Code of medical and sanitary regulations for the guidance of medical officers serving in the Madras Presidency - Volume II
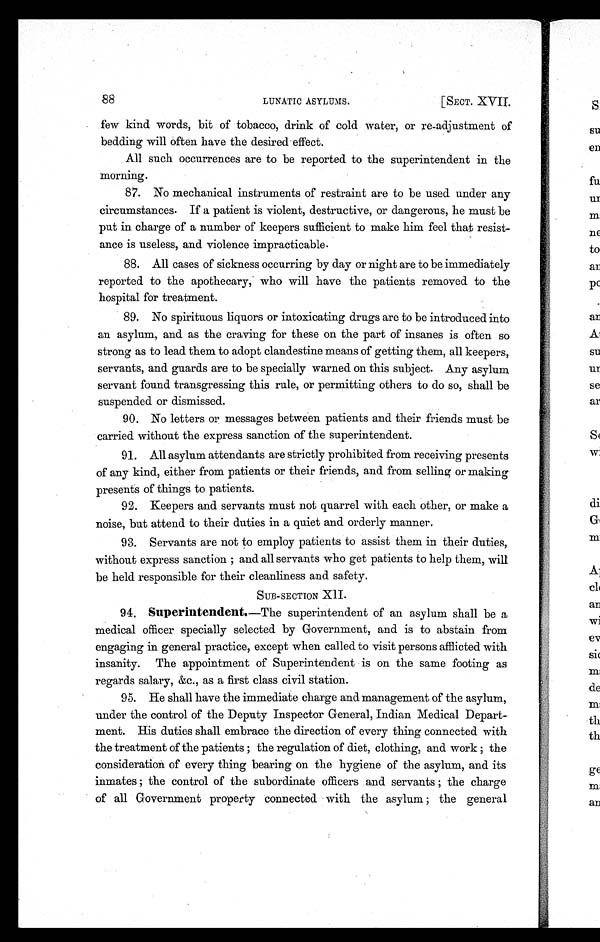
88
LUNATIC ASYLUMS.
[SECT. XVII.
few kind words, bit of tobacco, drink of cold water, or re-adjustment of
bedding will often have the desired effect.
All such occurrences are to be reported to the superintendent in the
morning.
87. No mechanical instruments of restraint are to be used under any
circumstances. If a patient is violent, destructive, or dangerous, he must be
put in charge of a number of keepers sufficient to make him feel that resist-
ance is useless, and violence impracticable.
88. All cases of sickness occurring by day or night are to be immediately
reported to the apothecary, who will have the patients removed to the
hospital for treatment.
89. No spirituous liquors or intoxicating drugs are to be introduced into
an asylum, and as the craving for these on the part of insanes is often so
strong as to lead them to adopt clandestine means of getting them, all keepers,
servants, and guards are to be specially warned on this subject. Any asylum
servant found transgressing this rule, or permitting others to do so, shall be
suspended or dismissed.
90. No letters or messages between patients and their friends must be
carried without the express sanction of the superintendent.
91. All asylum attendants are strictly prohibited from receiving presents
of any kind, either from patients or their friends, and from selling or making
presents of things to patients.
92. Keepers and servants must not quarrel with each other, or make a
noise, but attend to their duties in a quiet and orderly manner.
93. Servants are not to employ patients to assist them in their duties,
without express sanction ; and all servants who get patients to help them, will
be held responsible for their cleanliness and safety.
SUB-SECTION XII.
94. Superintendent. —The superintendent of an asylum shall be a
medical officer specially selected by Government, and is to abstain from
engaging in general practice, except when called to visit persons afflicted with
insanity. The appointment of Superintendent is on the same footing as
regards salary, &c., as a first class civil station.
95. He shall have the immediate charge and management of the asylum,
under the control of the Deputy Inspector General, Indian Medical Depart-
ment. His duties shall embrace the direction of every thing connected with
the treatment of the patients ; the regulation of diet, clothing, and work ; the
consideration of every thing bearing on the hygiene of the asylum, and its
inmates ; the control of the subordinate officers and servants ; the charge
of all Government property connected with the asylum ; the general